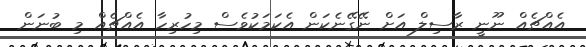
އެއްޗެއް ނޫނީ ރާސިލް އަށް ނޭގޭނެކަން އެކަމަކުވެސް މިހުރިހާ އެއްޗެއް މި ބުނަން